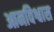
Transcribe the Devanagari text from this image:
आमविश्वास